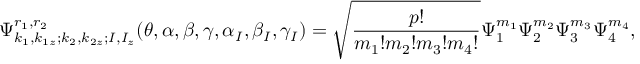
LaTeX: \Psi _ { k _ { 1 } , k _ { 1 z } ; k _ { 2 } , k _ { 2 z } ; I , I _ { z } } ^ { r _ { 1 } , r _ { 2 } } ( \theta , \alpha , \beta , \gamma , \alpha _ { I } , \beta _ { I } , \gamma _ { I } ) = \sqrt { \frac { p ! } { m _ { 1 } ! m _ { 2 } ! m _ { 3 } ! m _ { 4 } ! } } \Psi _ { 1 } ^ { m _ { 1 } } \Psi _ { 2 } ^ { m _ { 2 } } \Psi _ { 3 } ^ { m _ { 3 } } \Psi _ { 4 } ^ { m _ { 4 } } ,